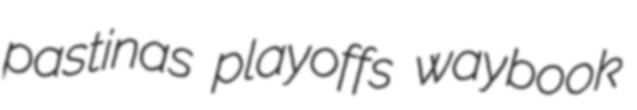
pastinas playoffs waybook